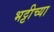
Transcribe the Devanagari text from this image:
भट्टीच्या